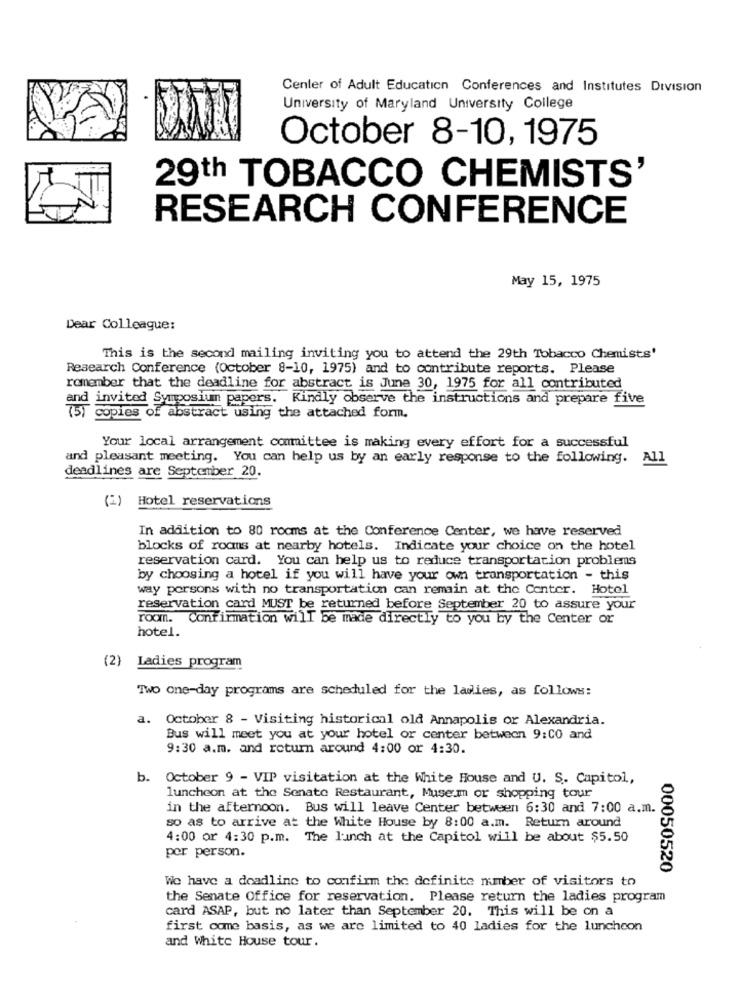
Center of Adult Education Conferences and Institutes Division
University of Maryland University College
October 8-10, 1975
29th TOBACCO CHEMISTS'
RESEARCH CONFERENCE
May 15, 1975
Dear Colleague:
This is the second mailing inviting you to attend the 29th Tobacco Chemists'
Research Conference (October 8-10, 1975) and to contribute reports. Please
remember that the deadline for abstract is June 30, 1975 for all contributed
and invited Symposiun papers. Kindly observe the instructions and prepare five
(5) copies of abstract using the attached form.
Your local arrangement committee is making every effort for a successful
and pleasant meeting. You can help us by an early response to the following. All
deadlines are September 20.
(2)
Hotel reservations
In addition to 80 rooms at the Conference Center, we have reserved
blocks of rooms at nearby hotels. Indicate your choice on the hotel
reservation card. You can help us to reduce transportation problems
by choosing a hotel if you will have your own transportation - this
way porsons with no transportation can remain at the Center. Hotel
reservation card MUST be returned before September 20 to assure your
room. Confirmation will be made directly to you by the Center or
hotel.
(2) Ladies program
Two one-day programs are scheduled for the ladies, as follows:
a. October 8 - Visiting historical old Annapolis or Alexandria.
Bus will meet you at your hotel or center between 9:00 and
9:30 a.m. and return around 4:00 or 4:30.
b. October 9 - VIP visitation at the White House and U. S. Capitol,
luncheon at the Senate Restaurant, Museum or shopping tour
in the afternoon. Bus will leave Center between 6:30 and 7:00 a.m.
so as to arrive at the White House by 8:00 a.m. Return around
4:00 or 4:30 p.m. The lunch at the Capitol will be about $5.50
per person.
00050520
We have a deadline to confirm the definite number of visitors to
the Senate Office for reservation. Please return the ladies program
card ASAP, but no later than September 20. This will be on a
first come basis, as we are limited to 40 ladies for the lunchcon
and White House tour.